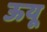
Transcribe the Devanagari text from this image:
ऊयू